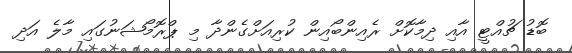
ބޮޑު ޗުއްޓީ އާއި ދިމާކޮށް ރެއިންބޯއިން ކުރިއަށްގެންދާ މި ޕްރޮމޯޝަނުގައި މާލެ އަދި